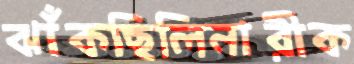
ঝাঁকছিলিনারীক